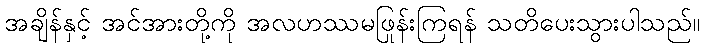
အချိန်နှင့် အင်အားတို့ကို အလဟဿမဖြုန်းကြရန် သတိပေးသွားပါသည်။